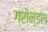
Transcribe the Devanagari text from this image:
ग्रोन्डल